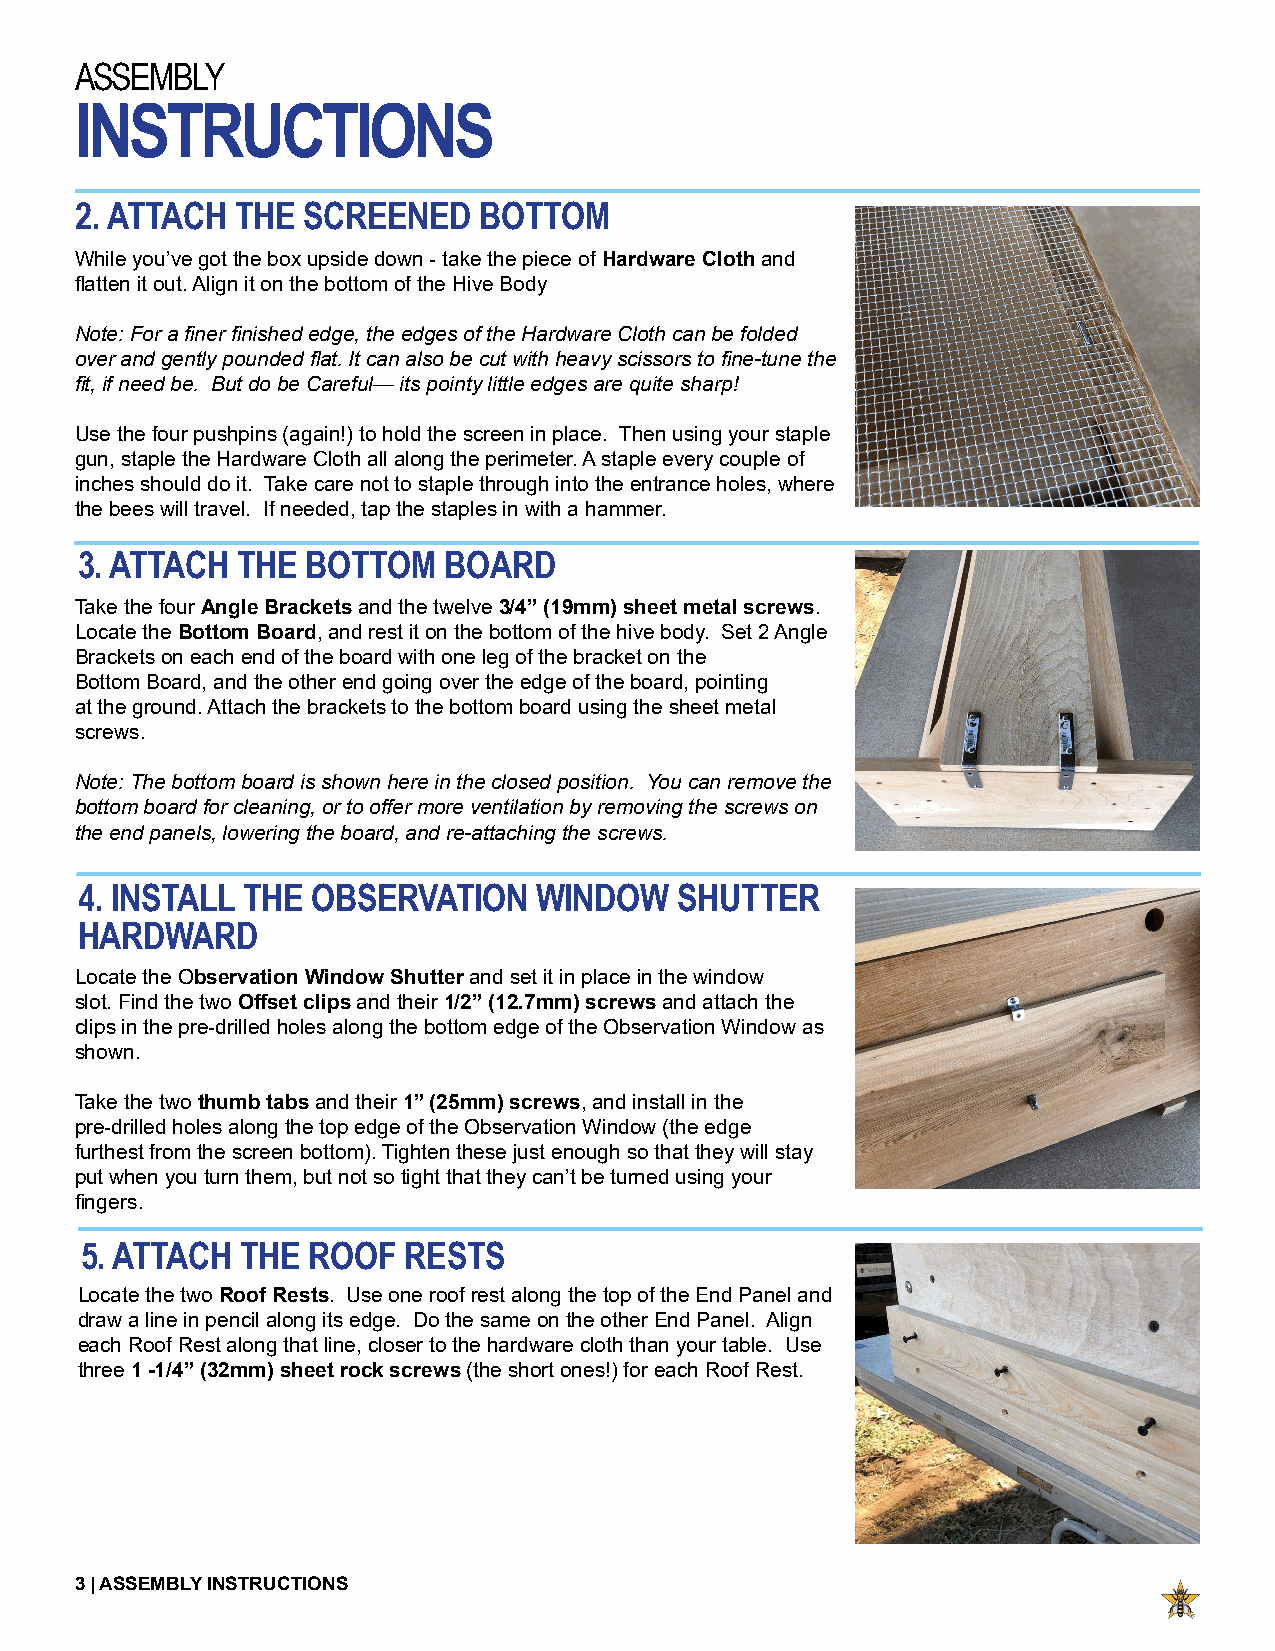
ASSEMBLY
 INSTRUCTIONS
 2. ATTACH  THE SCREENED    BOTTOM
 While you’ve got the box upside down - take the piece of Hardware Cloth and
 flatten it out. Align it on the bottom of the Hive Body
 Note: For a finer finished edge, the edges of the Hardware Cloth can be folded
 over and gently pounded flat. It can also be cut with heavy scissors to fine-tune the
 fit, if need be. But do be Careful— its pointy little edges are quite sharp!
 Use the four pushpins (again!) to hold the screen in place. Then using your staple
 gun, staple the Hardware Cloth all along the perimeter. A staple every couple of
 inches should do it. Take care not to staple through into the entrance holes, where
 the bees will travel. If needed, tap the staples in with a hammer.
 3. ATTACH  THE BOTTOM   BOARD
 Take the four Angle Brackets and the twelve 3/4” (19mm) sheet metal screws.
 Locate the Bottom Board, and rest it on the bottom of the hive body. Set 2 Angle
 Brackets on each end of the board with one leg of the bracket on the
 Bottom Board, and the other end going over the edge of the board, pointing
 at the ground. Attach the brackets to the bottom board using the sheet metal
 screws.
 Note: The bottom board is shown here in the closed position. You can remove the
 bottom board for cleaning, or to offer more ventilation by removing the screws on
 the end panels, lowering the board, and re-attaching the screws.
 4. INSTALL THE  OBSERVATION    WINDOW   SHUTTER
 HARDWARD
 Locate the Observation Window Shutter and set it in place in the window
 slot. Find the two Offset clips and their 1/2” (12.7mm) screws and attach the
 clips in the pre-drilled holes along the bottom edge of the Observation Window as
 shown.
 Take the two thumb tabs and their 1” (25mm) screws, and install in the
 pre-drilled holes along the top edge of the Observation Window (the edge
 furthest from the screen bottom). Tighten these just enough so that they will stay
 put when you turn them, but not so tight that they can’t be turned using your
 fingers.
 5. ATTACH  THE ROOF   RESTS
 Locate the two Roof Rests. Use one roof rest along the top of the End Panel and
 draw a line in pencil along its edge. Do the same on the other End Panel. Align
 each Roof Rest along that line, closer to the hardware cloth than your table. Use
 three 1 -1/4” (32mm) sheet rock screws (the short ones!) for each Roof Rest.
 3 | ASSEMBLY INSTRUCTIONS